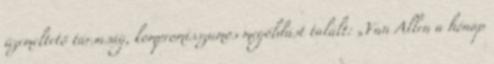
üzemeltető társaság, kompromisszumos megoldást talált: „Van Allen a hónap